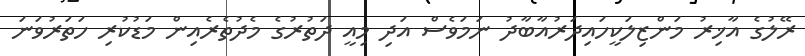
ރޭލުގެ އާޚިރު މަންޒިލަކީހައިދަރުއާބާދު ނަމަވެސް އަދި މިއީ ދަތުރުގެ މެދުތެރެއިން މަޑުކުރި ހަތަރުވަނަ